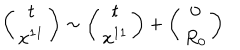
\left( \begin{array} { c } { { t } } \\ { { x ^ { 1 1 } } } \\ \end{array} \right) \sim \left( \begin{array} { c } { { t } } \\ { { x ^ { 1 1 } } } \\ \end{array} \right) + \left( \begin{array} { c } { { 0 } } \\ { { R _ { 0 } } } \\ \end{array} \right)